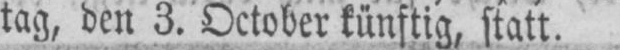
tag, den 3. October künftig, statt.